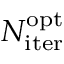
N _ { \mathrm { i t e r } } ^ { \mathrm { o p t } }